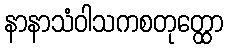
နာနာသံဝါသကစတုတ္ထော